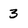
Character: 3